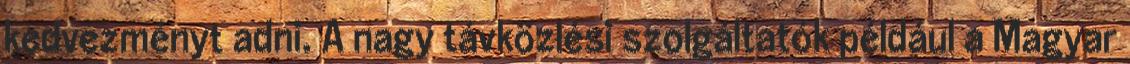
kedvezményt adni. A nagy távközlési szolgáltatók például a Magyar